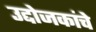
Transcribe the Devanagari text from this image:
उद्दोजकांचे